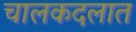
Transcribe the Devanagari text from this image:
चालकदलात